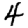
Digit: 4